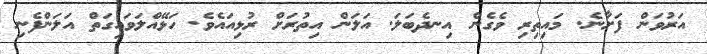
އަރުވަން ފަށާނެ. މައިތިރި ވެގެން އިނދެބަލަ. އަލަން އިތުރަށް ރުޅިއައެވެ. ހަޅޭއްލަވައިގަތް އަލަންފެނި